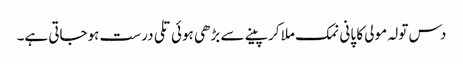
دس تولہ مولی کا پانی نمک ملا کر پینے سے بڑھی ہوئی تلی درست ہوجاتی ہے۔